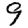
Digit: 9